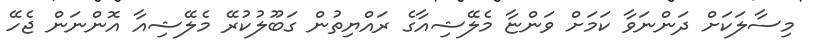
މިސާލަކަށް ދަންނަވާ ކަމަށް ވަންޏާ މެލޭޝިއާގެ ރައްޔިތުން ގަބޫލުކުރޭ މެލޭޝިއާ އޮންނަން ޖެހޭ